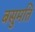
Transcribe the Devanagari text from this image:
बसुमति